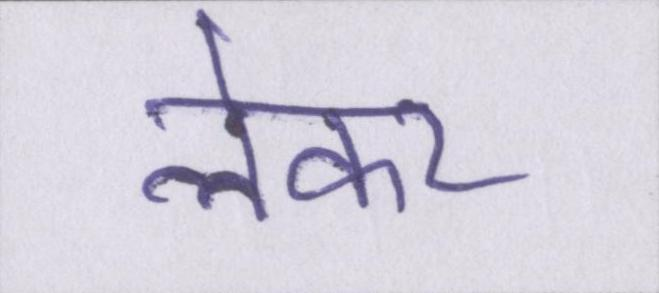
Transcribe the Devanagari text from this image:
लेकर